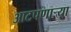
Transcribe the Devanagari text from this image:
आटपणाऱ्या